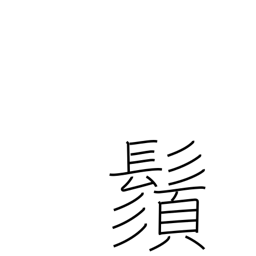
Meaning: mustache